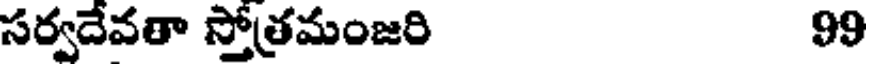
సర్వదేవతా స్తోత్రమంజరి 99